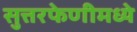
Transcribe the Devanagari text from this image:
सुत्तरफेणीमध्ये